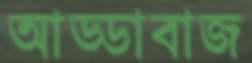
আড্ডাবাজ